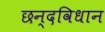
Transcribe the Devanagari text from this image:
छन्दविधान